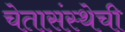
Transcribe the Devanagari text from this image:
चेतासंस्थेची